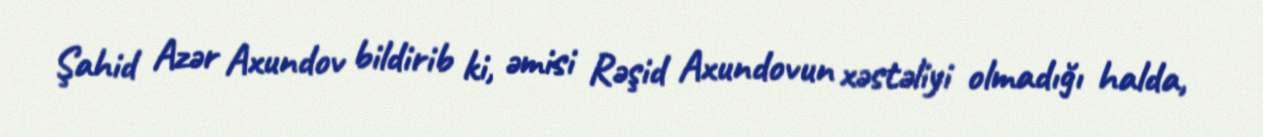
Şahid Azər Axundov bildirib ki, əmisi Rəşid Axundovun xəstəliyi olmadığı halda,